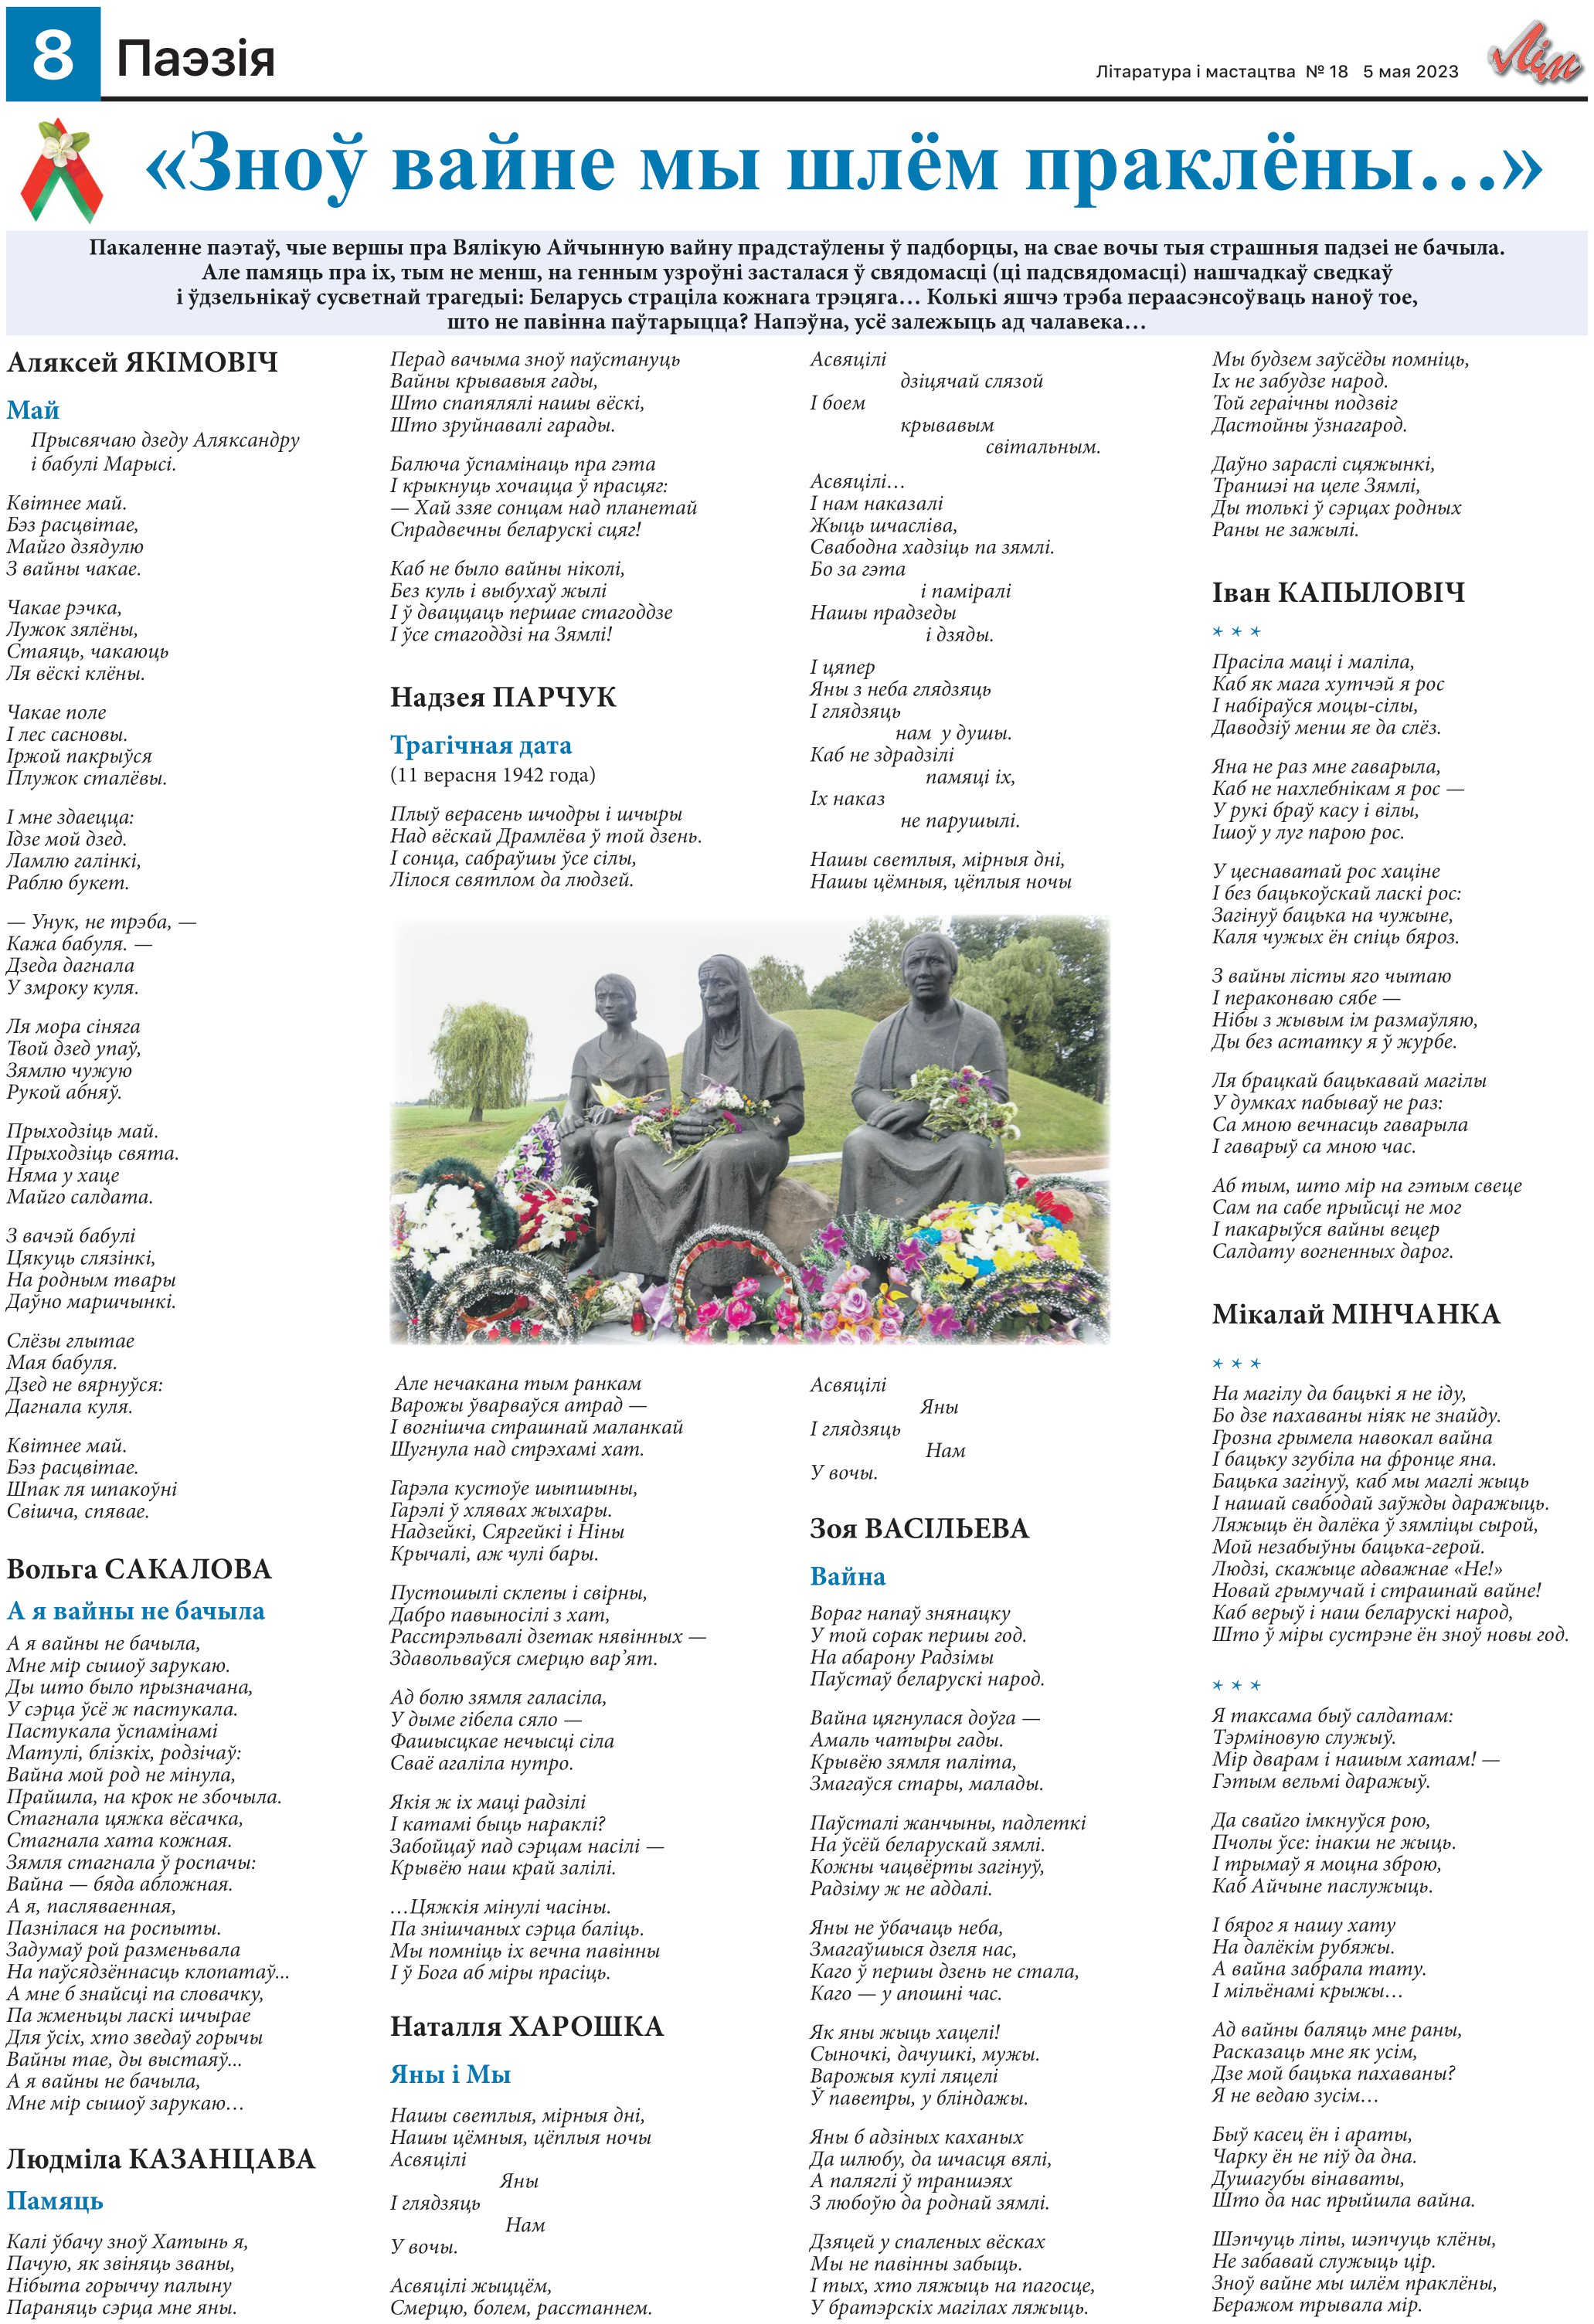
Language: be